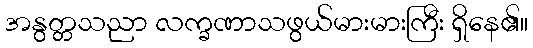
အနွတ္တသညာ လက္ခဏာသဖွယ်မားမားကြီး ရှိနေ၏။